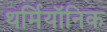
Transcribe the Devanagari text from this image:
थर्मियॉनिक